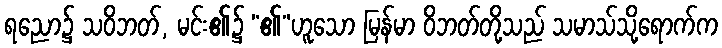
ရညော၌ သဝိဘတ်, မင်း၏၌ “၏”ဟူသော မြန်မာ ဝိဘတ်တို့သည် သမာသ်သို့ရောက်က